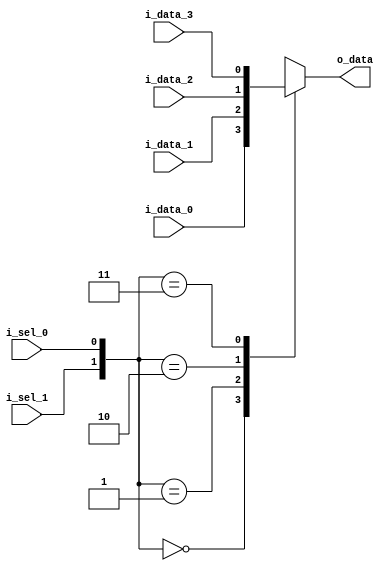

  module mux41_tx(i_sel_1,i_sel_0,i_data_0,i_data_1,i_data_2,i_data_3,
                  o_data);
				  
		input i_sel_1,i_sel_0;
        input i_data_0,i_data_1,i_data_2,i_data_3;
        output reg o_data;

        always@(*)
           begin
		     case({i_sel_1,i_sel_0})
			   2'b00  : o_data = i_data_0;
			   2'b01  : o_data = i_data_1;
			   2'b10  : o_data = i_data_2;
			   2'b11  : o_data = i_data_3;
			  default : o_data = 1'b0;
		  endcase 
            end	
   endmodule